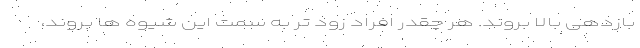
بازدهی بالا بروند. هر چقدر افراد زود تر به سمت این شیوه ها بروند،